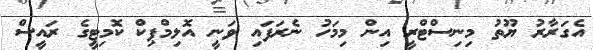
އެގަރާރު ޔޫތު މިނިސްޓްރީ އިން މިމަހު ނެރަފައި ވަނީ އޮލިމްޕިކް ކޮމިޓީގެ ރައީސް